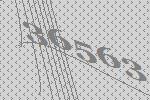
36563